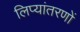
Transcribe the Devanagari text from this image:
लिप्यांतरणों